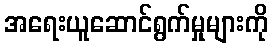
အရေးယူဆောင်ရွက်မှုများကို